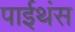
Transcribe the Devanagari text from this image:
पाईथंस